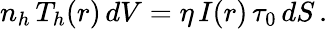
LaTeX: n_{h}\, T_{h}(r)\, dV=\eta\, I(r)\, \tau_{0}\, dS\, .